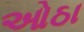
ઓઠા